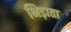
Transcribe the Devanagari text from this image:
भिड़ाता